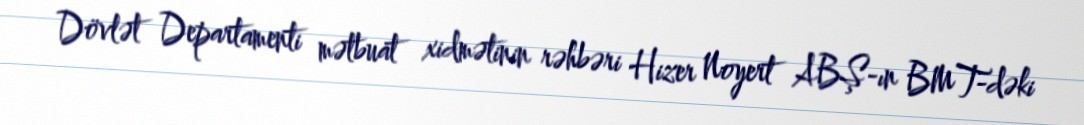
Dövlət Departamenti mətbuat xidmətinin rəhbəri Hizer Noyert ABŞ-ın BMT-dəki